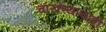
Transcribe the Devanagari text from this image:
चाखण्याचाही